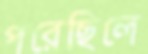
পরেছিলে